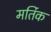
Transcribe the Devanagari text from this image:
मर्तिक